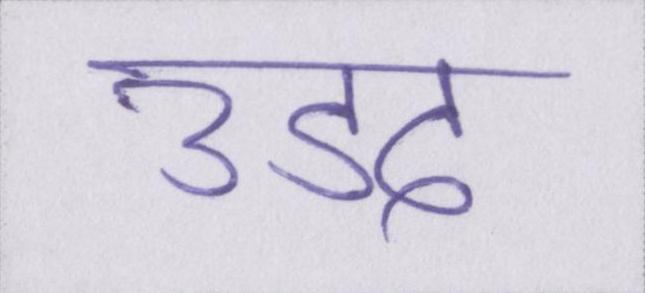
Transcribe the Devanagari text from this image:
उडद